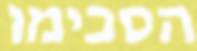
הסכימו